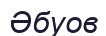
Әбуов